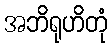
အဘိရုဟိတုံ